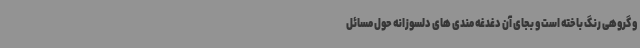
و گروهی رنگ باخته است و بجای آن دغدغه مندی های دلسوزانه حول مسائل